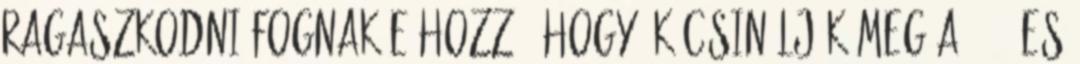
ragaszkodni fognak-e hozzá, hogy ők csinálják meg a 2010-es